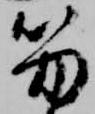
笏